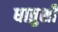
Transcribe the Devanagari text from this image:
धातुशी